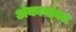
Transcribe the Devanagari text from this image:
अंकाबाबत